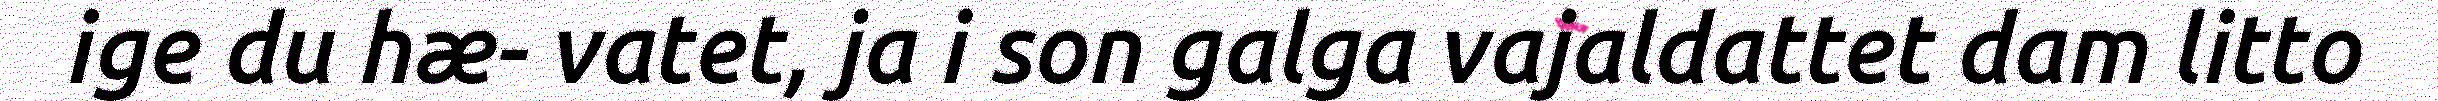
ige du hæ- vatet, ja i son galga vajaldattet dam litto